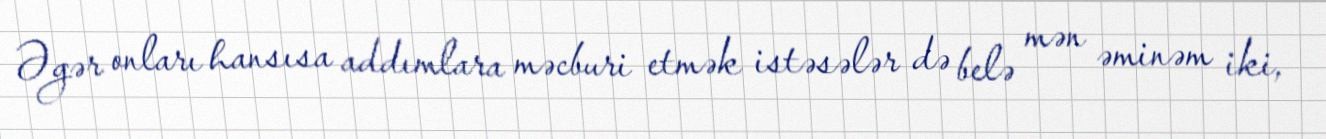
Əgər onları hansısa addımlara məcburi etmək istəsələr də belə mən əminəm iki,